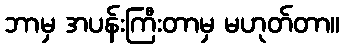
ဘာမှ အပန်းကြီးတာမှ မဟုတ်တာ။